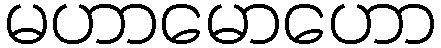
မဟာမောဟော